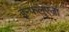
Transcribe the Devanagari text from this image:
इन्फलुएंजा